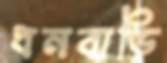
ধনবাড়ি